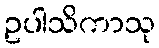
ဥပါသိကာသု